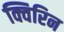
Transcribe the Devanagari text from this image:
क्विरिन